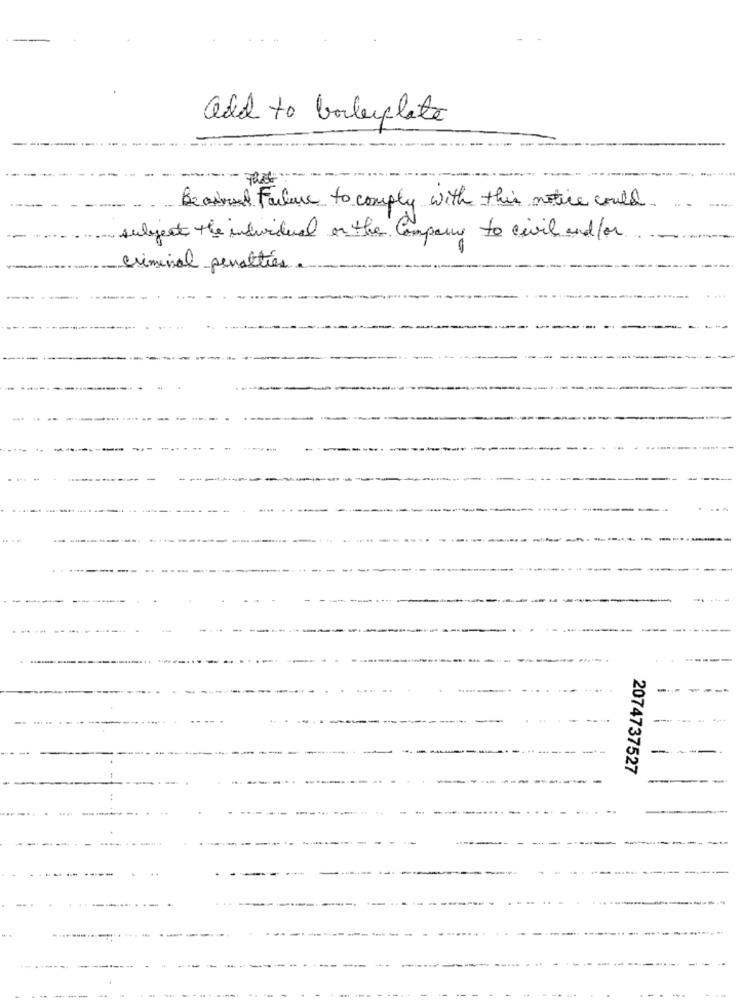
add to boilerplate
Beaimed Failure to comply with this notice could
subject the individual on the Company to civil and for
criminal penalties
2074737527